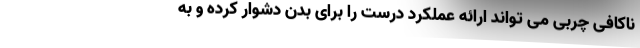
ناکافی چربی می تواند ارائه عملکرد درست را برای بدن دشوار کرده و به